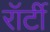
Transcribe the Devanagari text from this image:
रॉर्टी